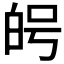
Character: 𭽑